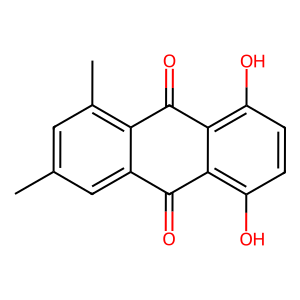
SMILES: Cc1cc(C)c2c(c1)C(=O)c1c(O)ccc(O)c1C2=O
Inhibits HIV replication: No